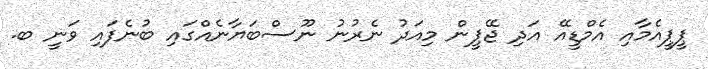
ޕީޕީއެމާއި އެމްޑީއޭ އަދި ޖޭޕީން މިއަދު ނެރުނު ނޫސްބަޔާނެއްގައި ބުނެފައި ވަނީ ބ.